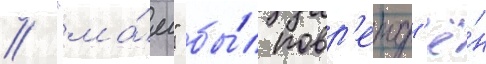
// "ма́я" бы́л повр'ежд'ё́н